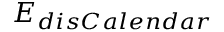
E _ { d i s C a l e n d a r }